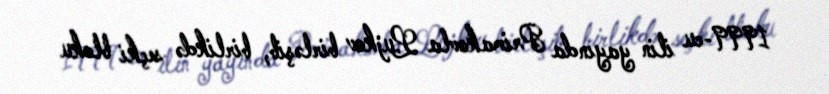
1999-cu ilin yayında Primakovla Lujkov birləşib, birlikdə seçki bloku